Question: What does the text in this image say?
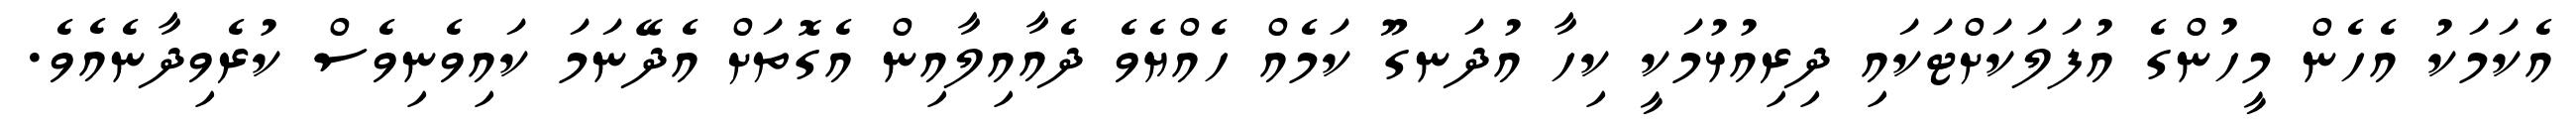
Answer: އެކަމަކު އެހެން މީހުންގެ އުފަލަކަށްޓަކައި ދިރިއުޅުމަކީ ކިހާ އުދަނގޫ ކަމެއް ހެއްޔެވެ ދެއާއިލާއިން އެގޮތަށް އެދޭނަމަ ކައިވެނިވެސް ކުރެވިދާނެއެވެ.